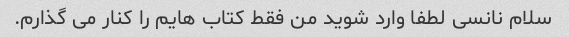
سلام نانسی لطفا وارد شوید من فقط کتاب هایم را کنار می گذارم.